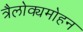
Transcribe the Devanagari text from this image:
त्रैलोक्यमोहन